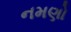
નમણો